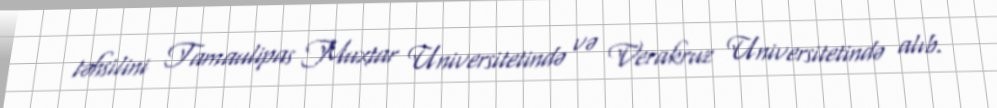
təhsilini Tamaulipas Muxtar Universitetində və Verakruz Universitetində alıb.